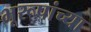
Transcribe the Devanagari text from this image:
भूरूपांच्या